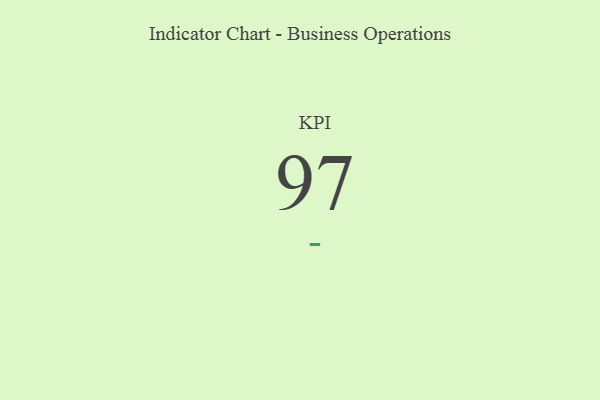
{"axis": {"x": "KPI", "y": "Value"}, "legend": [""], "data": [{"x": "KPI", "y": 97, "type": ""}]}